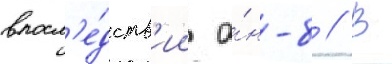
впосл'е́дств'ии а́н-8 // В